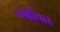
ધણીવાર